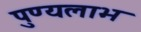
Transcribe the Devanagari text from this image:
पुण्यलाभ